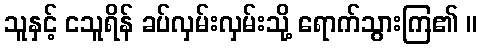
သူနှင့် ငသူရိန် ခပ်လှမ်းလှမ်းသို့ ရောက်သွားကြ၏ ။